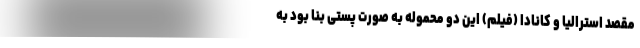
مقصد استرالیا و کانادا (فیلم) این دو محموله به صورت پستی بنا بود به